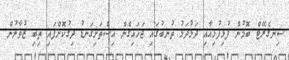
ސިނގެރޭޓް ބޮމުން ފުޅިފުޅިއާއި ދަޅުދަޅު ތުނބުގައި ޖަހައިގެން އިސްތަށިގަނޑު ދިގުކޮށްފައި ތިބި ޒުވާނުން